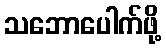
သဘောပေါက်ဖို့